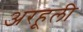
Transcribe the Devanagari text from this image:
अरहूली